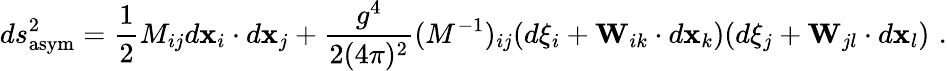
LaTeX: ds_{\mathrm{asym}}^{2}=\frac{1}{2}M_{ij}d{\mathbf x}_{i}\cdot d{\mathbf x}_{j}+\frac{g^{4}}{2(4\pi)^{2}}(M^{-1})_{ij}(d\xi_{i}+{\mathbf W}_{ik}\cdot d{\mathbf x}_{k})(d\xi_{j}+{\mathbf W}_{jl}\cdot d{\mathbf x}_{l})\, \, .